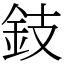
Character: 鈘